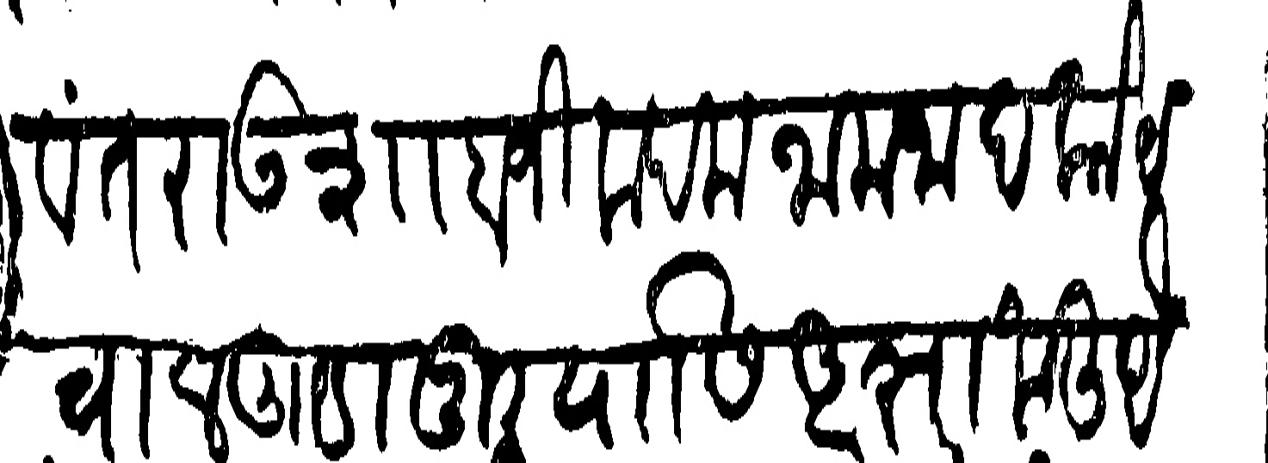
Transliteration (Devanagari): येसवंतराऊ शाहाजी कदम नामजाद कोट वालगुडानूर यासी आज्ञा केली येसीजे